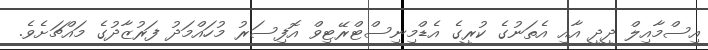
އިސްމާއިލް ދީދީ އާއި އެތަނުގެ ކުރީގެ އެޑްމިނިސްޓްރޭޓިވް އޮފިސަރު މުހައްމަދު ފަރުޒާދުގެ މައްޗަށެވެ.